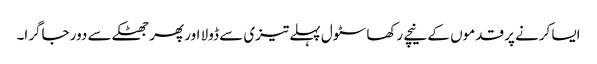
ایسا کرنے پر قدموں کے نیچے رکھا سٹول پہلے تیزی سے ڈولا اور پھر جھٹکے سے دور جاگرا۔